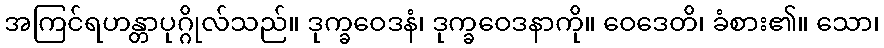
အကြင်ရဟန္တာပုဂ္ဂိုလ်သည်။ ဒုက္ခဝေဒနံ၊ ဒုက္ခဝေဒနာကို။ ဝေဒေတိ၊ ခံစား၏။ သော၊